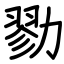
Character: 勠